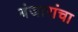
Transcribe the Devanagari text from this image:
बंजारांचा